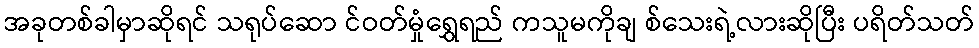
အခုတစ်ခါမှာဆိုရင် သရုပ်ဆော င်ဝတ်မှုံရွှေရည် ကသူမကိုချ စ်သေးရဲ့လားဆိုပြီး ပရိတ်သတ်